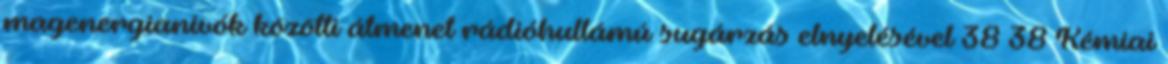
magenergianívók közötti átmenet rádióhullámú sugárzás elnyelésével 38 38 Kémiai